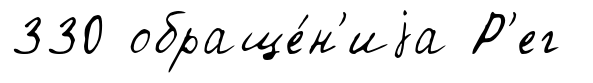
330 обраще́н'иjа Р'ег